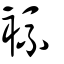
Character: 裗